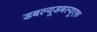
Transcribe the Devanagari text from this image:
डबल्यूडबल्यूएफ़